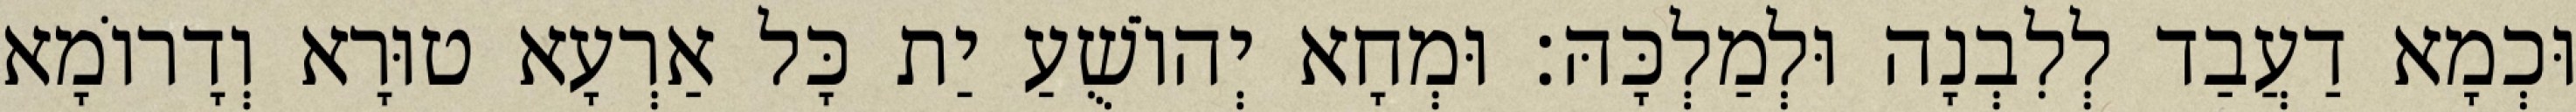
וּכְמָא דַעֲבַד לְלִבְנָה וּלְמַלְכָּהּ׃ וּמְחָא יְהוֹשֻׁעַ יַת כָּל אַרְעָא טוּרָא וְדָרוֹמָא